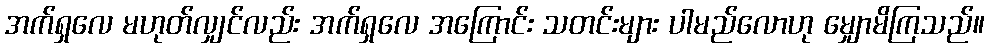
အက်ရှလေ မဟုတ်လျှင်လည်း အက်ရှလေ အကြောင်း သတင်းများ ပါမည်လောဟု မျှောမိကြသည်။